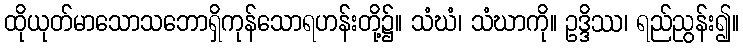
ထိုယုတ်မာသောသဘောရှိကုန်သောရဟန်းတို့၌။ သံဃံ၊ သံဃာကို။ ဥဒ္ဒိဿ၊ ရည်ညွန်း၍။